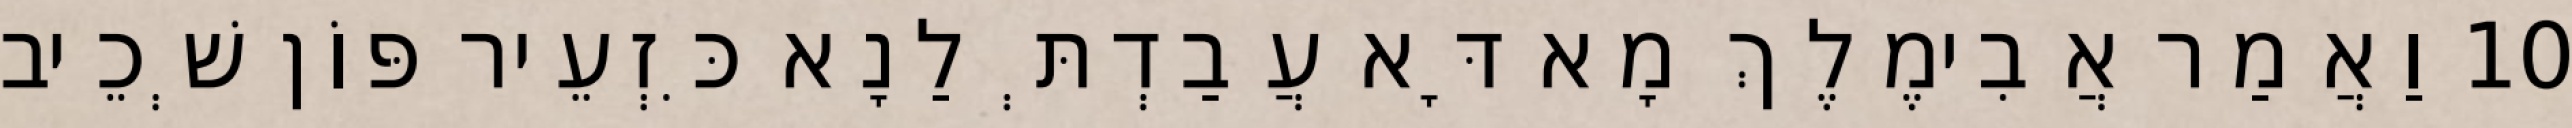
10 וַאֲמַר אֲבִימֶלֶךְ מָא דָּא עֲבַדְתְּ לַנָא כִּזְעֵיר פּוֹן שְׁכֵיב